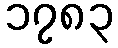
၁၇၈၃